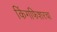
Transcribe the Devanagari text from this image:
किंगफिशरचा